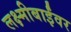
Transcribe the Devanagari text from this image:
लक्ष्मीबाईंवर